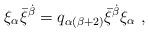
LaTeX: \begin{align*}\xi_\alpha\bar\xi^{\dot\beta}=q_{\alpha (\beta +2)}\bar\xi^{\dot\beta}\xi_\alpha\ , \end{align*}